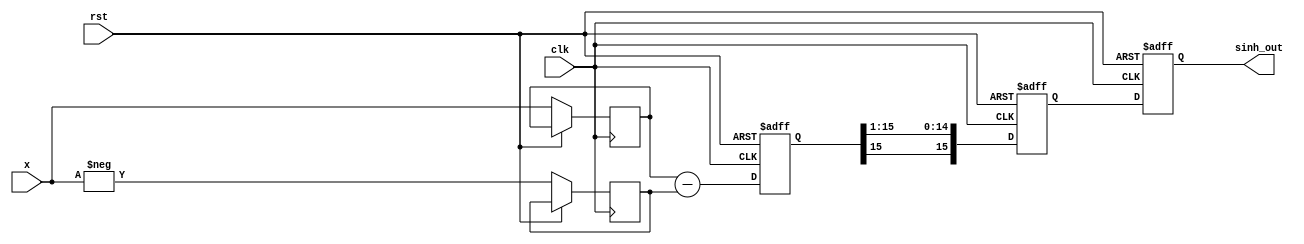
module HyperbolicSine (
    input  wire signed [15:0] x,        // Input value (fixed-point representation)
    output reg  signed [15:0] sinh_out, // Output value
    input  wire clk,
    input  wire rst
);

// Intermediate signals
wire signed [15:0] exp_x;
wire signed [15:0] exp_neg_x;
reg  signed [15:0] sub_result;
reg  signed [15:0] div_result;

always @(posedge clk or posedge rst) begin
    if (rst) begin
        sinh_out <= 0;
        sub_result <= 0;
        div_result <= 0;
    end else begin
        // 1. Calculate e^x and e^-x
        exp_x <= exp_function(x);             // Replace with exponentiation logic
        exp_neg_x <= exp_function(-x);        // Replace with exponentiation logic

        // 2. Calculate e^x - e^-x
        sub_result <= exp_x - exp_neg_x;

        // 3. Divide the result by 2
        div_result <= sub_result >>> 1; // Right shift by 1 for division by 2

        // 4. Assign the final result
        sinh_out <= div_result;
    end
end

// Exponentiation function placeholder
function signed [15:0] exp_function(input signed [15:0] value);
    begin
        // Implement your exponentiation logic here (CORDIC, Taylor Series, etc.)
        // For now, we will just return a dummy value.
        exp_function = value; // Placeholder: replace with actual e^x computation
    end
endfunction

endmodule